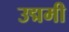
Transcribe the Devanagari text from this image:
उद्ममी